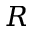
R